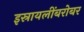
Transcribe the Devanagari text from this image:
इस्रायलींबरोबर